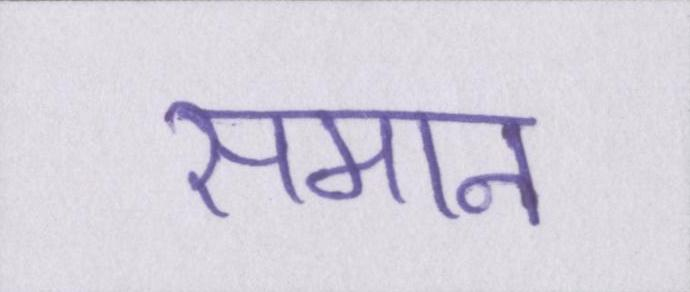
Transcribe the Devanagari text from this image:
समान